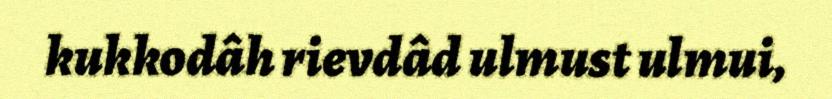
kukkodâh rievdâd ulmust ulmui,